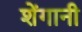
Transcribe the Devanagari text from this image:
शेंगानी